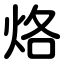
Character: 烙